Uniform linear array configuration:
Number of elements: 8
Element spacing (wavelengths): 1
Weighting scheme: exponential
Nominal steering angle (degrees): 45
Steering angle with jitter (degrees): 43.035
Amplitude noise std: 0.05
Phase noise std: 0.05

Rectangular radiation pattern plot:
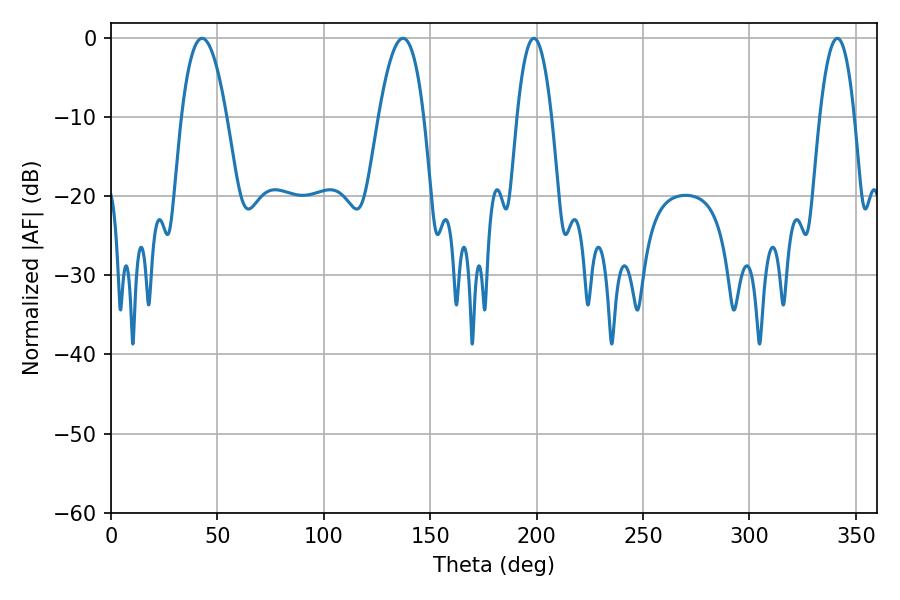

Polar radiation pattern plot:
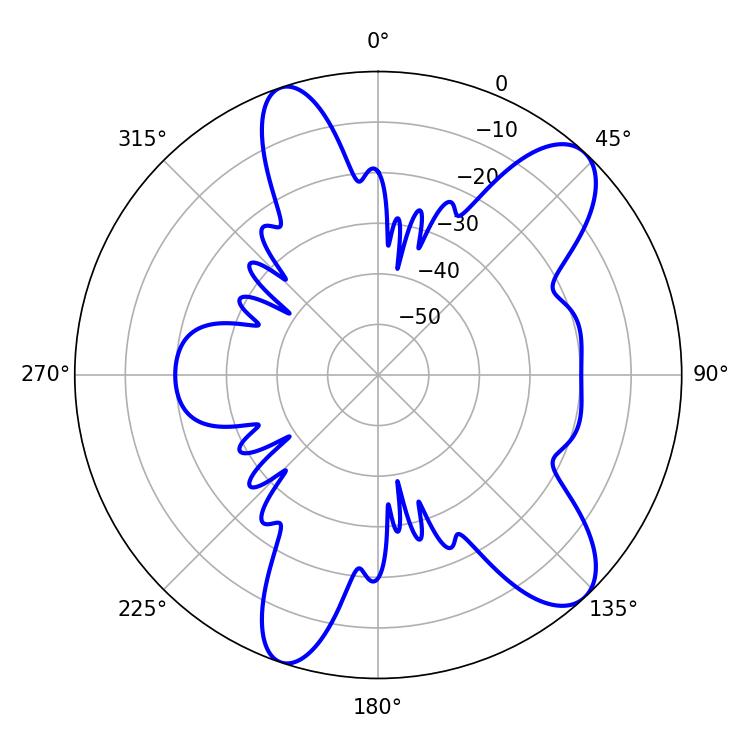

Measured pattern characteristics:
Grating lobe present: TRUE
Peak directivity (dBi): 10.076
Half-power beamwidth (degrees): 9
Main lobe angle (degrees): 198.72